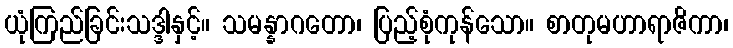
ယုံကြည်ခြင်းသဒ္ဒါနှင့်။ သမန္နာဂတော၊ ပြည့်စုံကုန်သော။ စာတုမဟာရာဇိကာ၊